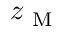
z _ { \mathrm { ~ M ~ } }